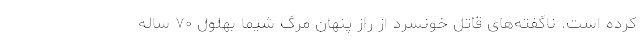
کرده است. ناگفته‌های قاتل خونسرد از راز پنهان مرگ شیما بهلول ۷۰ ساله